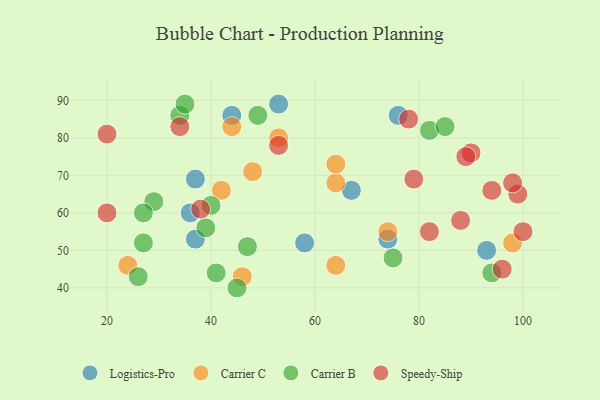
{"axis": {"x": "GDP", "y": "Life Expectancy"}, "legend": ["Carrier B", "Carrier C", "Logistics-Pro", "Speedy-Ship"], "data": [{"x": "93", "y": 50, "type": "Logistics-Pro"}, {"x": "36", "y": 60, "type": "Logistics-Pro"}, {"x": "37", "y": 53, "type": "Logistics-Pro"}, {"x": "74", "y": 53, "type": "Logistics-Pro"}, {"x": "44", "y": 86, "type": "Logistics-Pro"}, {"x": "67", "y": 66, "type": "Logistics-Pro"}, {"x": "58", "y": 52, "type": "Logistics-Pro"}, {"x": "76", "y": 86, "type": "Logistics-Pro"}, {"x": "37", "y": 69, "type": "Logistics-Pro"}, {"x": "53", "y": 89, "type": "Logistics-Pro"}, {"x": "44", "y": 83, "type": "Carrier C"}, {"x": "53", "y": 80, "type": "Carrier C"}, {"x": "74", "y": 55, "type": "Carrier C"}, {"x": "64", "y": 68, "type": "Carrier C"}, {"x": "48", "y": 71, "type": "Carrier C"}, {"x": "64", "y": 46, "type": "Carrier C"}, {"x": "24", "y": 46, "type": "Carrier C"}, {"x": "46", "y": 43, "type": "Carrier C"}, {"x": "64", "y": 73, "type": "Carrier C"}, {"x": "98", "y": 52, "type": "Carrier C"}, {"x": "42", "y": 66, "type": "Carrier C"}, {"x": "45", "y": 40, "type": "Carrier B"}, {"x": "34", "y": 86, "type": "Carrier B"}, {"x": "27", "y": 52, "type": "Carrier B"}, {"x": "94", "y": 44, "type": "Carrier B"}, {"x": "82", "y": 82, "type": "Carrier B"}, {"x": "29", "y": 63, "type": "Carrier B"}, {"x": "35", "y": 89, "type": "Carrier B"}, {"x": "47", "y": 51, "type": "Carrier B"}, {"x": "85", "y": 83, "type": "Carrier B"}, {"x": "41", "y": 44, "type": "Carrier B"}, {"x": "39", "y": 56, "type": "Carrier B"}, {"x": "40", "y": 62, "type": "Carrier B"}, {"x": "26", "y": 43, "type": "Carrier B"}, {"x": "49", "y": 86, "type": "Carrier B"}, {"x": "75", "y": 48, "type": "Carrier B"}, {"x": "27", "y": 60, "type": "Carrier B"}, {"x": "90", "y": 76, "type": "Speedy-Ship"}, {"x": "99", "y": 65, "type": "Speedy-Ship"}, {"x": "98", "y": 68, "type": "Speedy-Ship"}, {"x": "38", "y": 61, "type": "Speedy-Ship"}, {"x": "53", "y": 78, "type": "Speedy-Ship"}, {"x": "96", "y": 45, "type": "Speedy-Ship"}, {"x": "20", "y": 81, "type": "Speedy-Ship"}, {"x": "34", "y": 83, "type": "Speedy-Ship"}, {"x": "89", "y": 75, "type": "Speedy-Ship"}, {"x": "82", "y": 55, "type": "Speedy-Ship"}, {"x": "79", "y": 69, "type": "Speedy-Ship"}, {"x": "20", "y": 60, "type": "Speedy-Ship"}, {"x": "94", "y": 66, "type": "Speedy-Ship"}, {"x": "100", "y": 55, "type": "Speedy-Ship"}, {"x": "78", "y": 85, "type": "Speedy-Ship"}, {"x": "88", "y": 58, "type": "Speedy-Ship"}]}